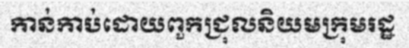
កាន់កាប់ដោយពួកជ្រុលនិយមក្រុមរដ្ឋ